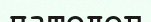
патолог